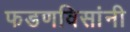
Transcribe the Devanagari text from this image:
फडणविसांनी